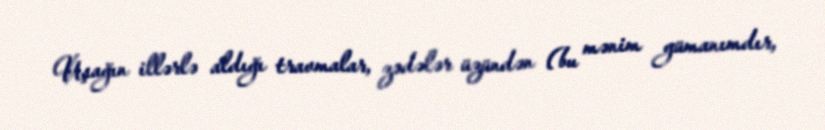
Uşağın illərlə aldığı travmalar, zədələr üzündən (bu mənim gümanımdır,